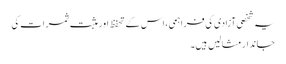
یہ شخصی آزادی کی فراہمی، اس کے تحفظ اور مثبت ثمرات کی
جاندار مثالیں ہیں۔